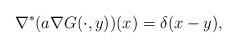
LaTeX: \begin{align*} \nabla^*(a \nabla G(\cdot,y))(x) = \delta(x-y),\end{align*}